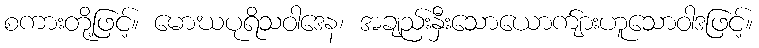
စကားတို့ဖြင့်။ မောဃပုရိသဝါဒေန၊ အချည်းနှီးသောယောက်ျားဟူသောဝါဒဖြင့်။